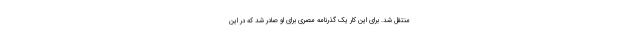
منتقل شد. برای این کار یک گذرنامه مصری برای او صادر شد که در این